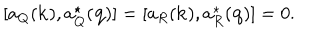
LaTeX: [ a _ { Q } ( { \bf k } ) , a _ { Q } ^ { \star } ( { \bf q } ) ] = [ a _ { R } ( { \bf k } ) , a _ { R } ^ { \star } ( { \bf q } ) ] = 0 .